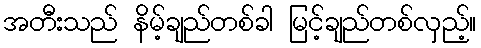
အတီးသည် နိမ့်ချည်တစ်ခါ မြင့်ချည်တစ်လှည့်။